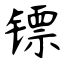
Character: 镖